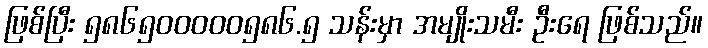
ဖြစ်ပြီး ၅၈၆၅၀၀၀၀၀၅၈၆.၅ သန်းမှာ အမျိုးသမီး ဦးရေ ဖြစ်သည်။